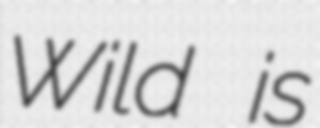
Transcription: Wild is